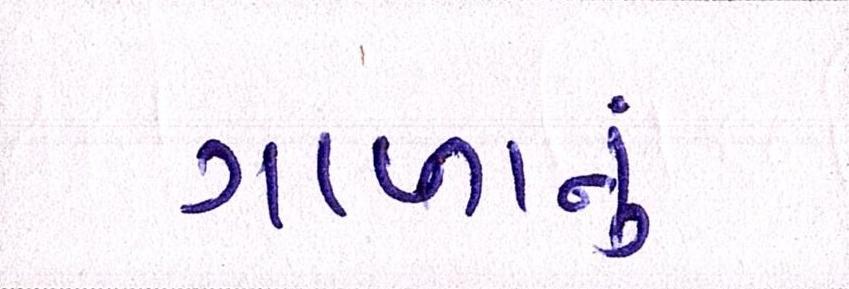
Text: ગાળાનું